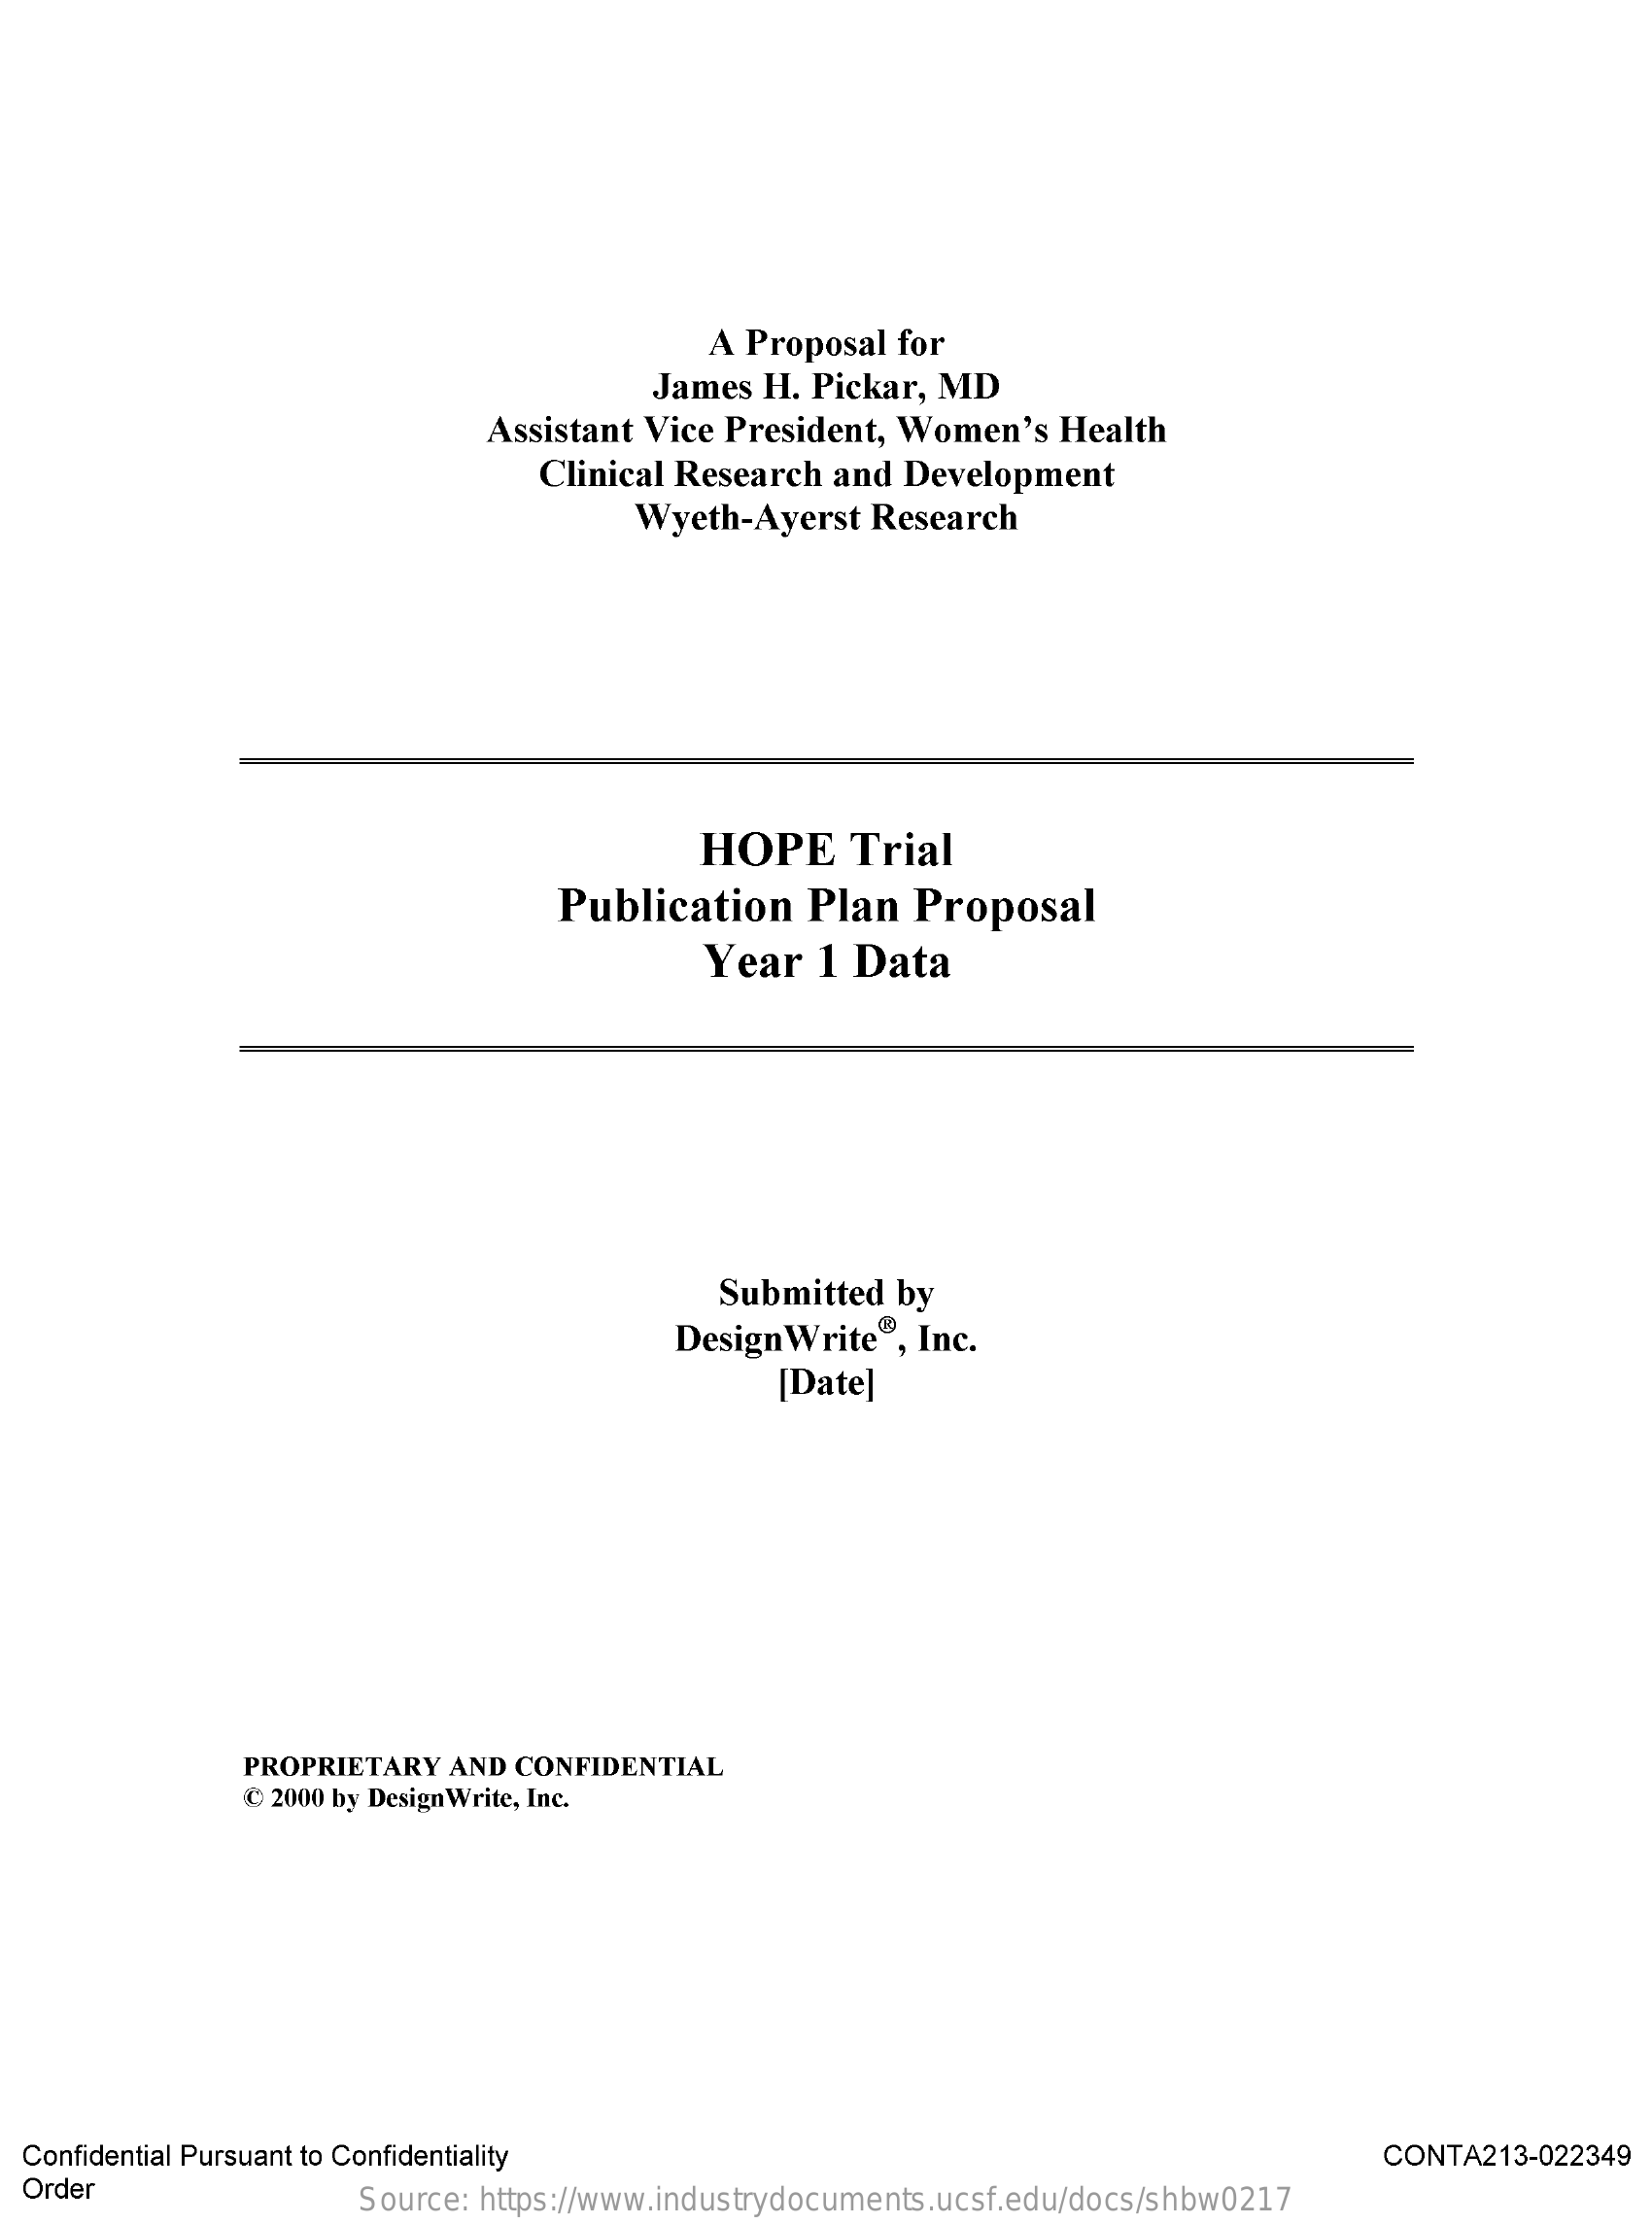
A Proposal for
     James H. Pickar, MD
     Assistant Vice President, Women's Health
     Clinical Research and Development
     Wyeth-Ayerst Research
     HOPE   Trial
     Publication Plan  Proposal
     Year 1 Data
     Submitted by
     Design Write", Inc.
     [Date]
     PROPRIETARY AND CONFIDENTIAL
     C 2000 by Design Write, Inc.
  Confidential Pursuant to Confidentiality    CONTA213-022349
  Order    Source: https://www.industrydocuments.ucsf.edu/docs/shbw0217